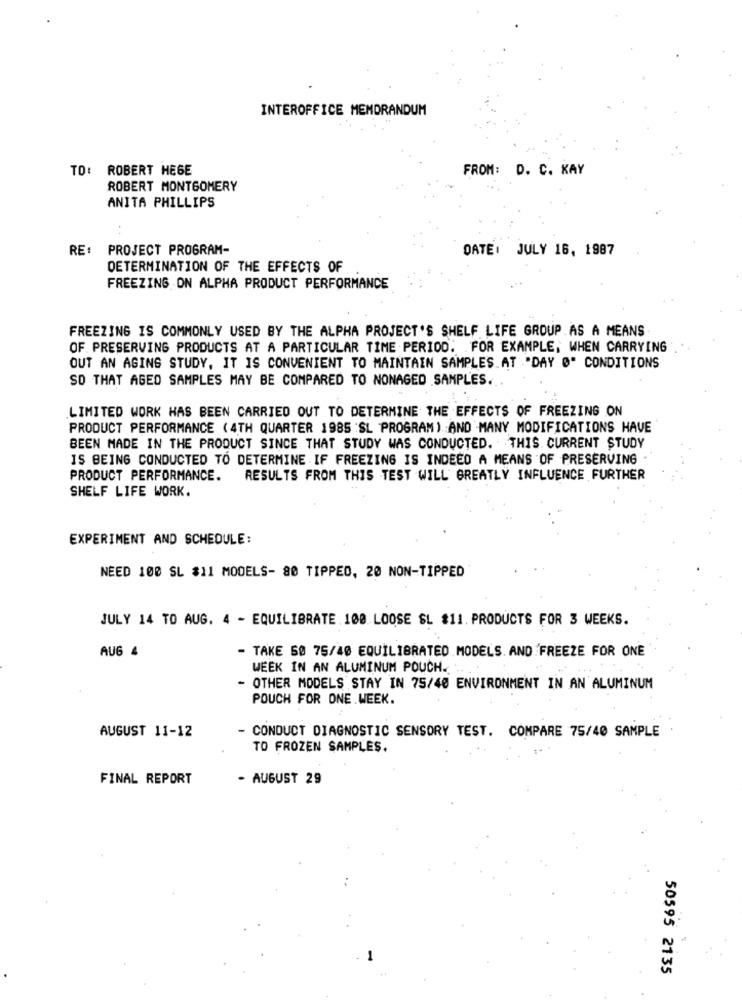
INTEROFFICE MEMORANDUM
TO: ROBERT HEGE
FROM: D. C. KAY
ROBERT MONTGOMERY
ANITA PHILLIPS
RE: PROJECT PROGRAM-
DATE: JULY 16, 1987
DETERMINATION OF THE EFFECTS OF
FREEZING ON ALPHA PRODUCT PERFORMANCE
FREEZING IS COMMONLY USED BY THE ALPHA PROJECT'S SHELF LIFE GROUP AS A MEANS
OF. PRESERVING PRODUCTS AT A PARTICULAR TIME PERIOD. FOR EXAMPLE, WHEN CARRYING
OUT AN AGING STUDY, IT IS CONVENIENT TO MAINTAIN SAMPLES AT "DAY Ø" CONDITIONS
SO THAT AGED SAMPLES MAY BE COMPARED TO NONAGED SAMPLES.
LIMITED WORK HAS BEEN CARRIED OUT TO DETERMINE THE EFFECTS OF FREEZING ON
PRODUCT PERFORMANCE ( 4TH QUARTER 1985 SL PROGRAM) AND MANY MODIFICATIONS HAVE
BEEN MADE IN THE PRODUCT SINCE THAT STUDY WAS CONDUCTED. THIS. CURRENT STUDY
IS BEING CONDUCTED TO DETERMINE IF FREEZING IS INDEED A MEANS OF PRESERVING
PRODUCT PERFORMANCE.
RESULTS FROM THIS TEST WILL GREATLY INFLUENCE FURTHER
SHELF LIFE WORK.
EXPERIMENT AND SCHEDULE:
NEED 100 SL $11 MODELS- 80 TIPPED, 20 NON-TIPPED
JULY 14 TO AUG. 4 - EQUILIBRATE 100 LOOSE SL $11. PRODUCTS FOR 3 WEEKS.
AUG 4
- TAKE 50 75/40 EQUILIBRATED MODELS. AND FREEZE FOR ONE
WEEK IN AN ALUMINUM POUCH.
- OTHER MODELS STAY IN 75/40 ENVIRONMENT IN AN ALUMINUM
POUCH FOR ONE WEEK.
AUGUST 11-12
- CONDUCT DIAGNOSTIC SENSORY TEST. COMPARE 75/40 SAMPLE
TO FROZEN SAMPLES.
FINAL REPORT
- AUGUST 29
50595 2135